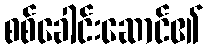
စစ်ခေါင်းဆောင်၏